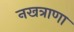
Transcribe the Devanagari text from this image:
नखत्राणा